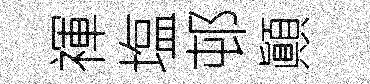
禈塩邨顚